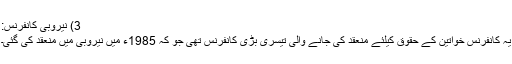
3) نیروبی کانفرنس:
یہ کانفرنس خواتین کے حقوق کیلئے منعقد کی جانے والی تیسری بڑی کانفرنس تھی جو کہ 1985ء میں نیروبی میں منعقد کی گئی۔